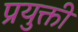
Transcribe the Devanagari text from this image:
प्रयुक्ती